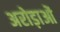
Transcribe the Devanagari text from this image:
अरोड़ाओं